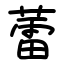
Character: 蕾